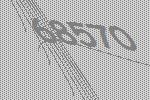
68570